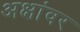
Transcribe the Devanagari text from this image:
अक्षांवर